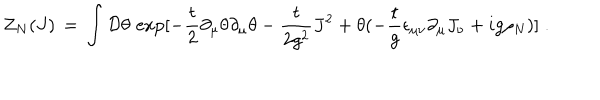
LaTeX: { \cal Z } _ { N } ( J ) \, = \, \int { \cal D } \theta \, \exp [ - \frac { t } { 2 } \partial _ { \mu } \theta \partial _ { \mu } \theta - \frac { t } { 2 g ^ { 2 } } J ^ { 2 } + \theta ( - \frac { t } { g } \epsilon _ { \mu \nu } \partial _ { \mu } J _ { \nu } + i g \rho _ { N } ) ] \; .